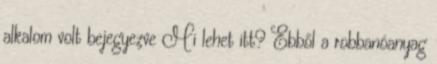
alkalom volt bejegyezve Mi lehet itt? Ebből a robbanóanyag